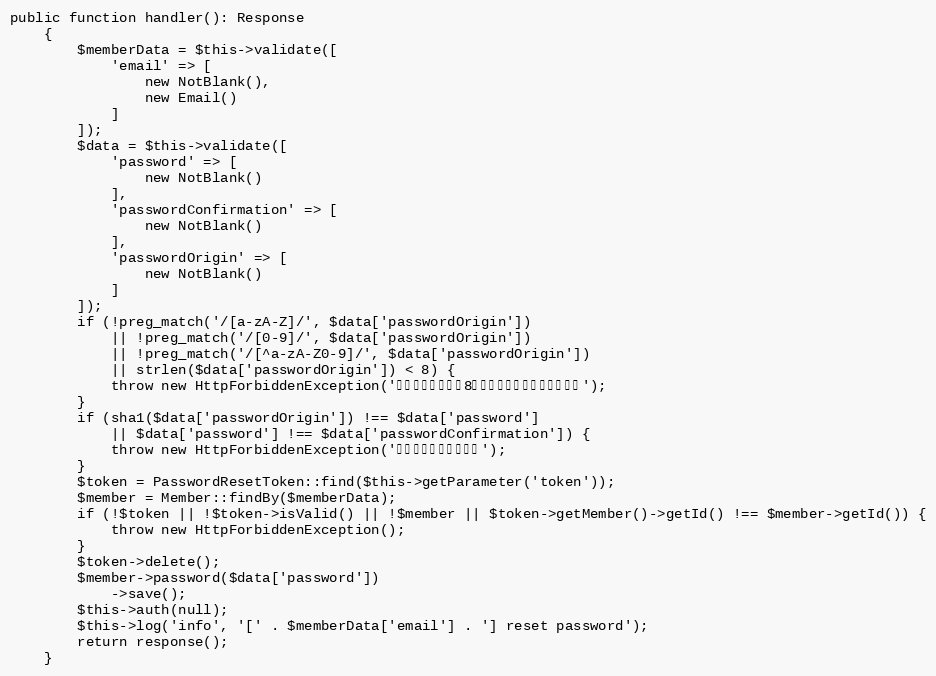
Language: PHP
public function handler(): Response
    {
        $memberData = $this->validate([
            'email' => [
                new NotBlank(),
                new Email()
            ]
        ]);
        $data = $this->validate([
            'password' => [
                new NotBlank()
            ],
            'passwordConfirmation' => [
                new NotBlank()
            ],
            'passwordOrigin' => [
                new NotBlank()
            ]
        ]);
        if (!preg_match('/[a-zA-Z]/', $data['passwordOrigin'])
            || !preg_match('/[0-9]/', $data['passwordOrigin'])
            || !preg_match('/[^a-zA-Z0-9]/', $data['passwordOrigin'])
            || strlen($data['passwordOrigin']) < 8) {
            throw new HttpForbiddenException('密码太弱，需至少8位并且包含字母数字以及字符');
        }
        if (sha1($data['passwordOrigin']) !== $data['password']
            || $data['password'] !== $data['passwordConfirmation']) {
            throw new HttpForbiddenException('两次输入的密码不一样');
        }
        $token = PasswordResetToken::find($this->getParameter('token'));
        $member = Member::findBy($memberData);
        if (!$token || !$token->isValid() || !$member || $token->getMember()->getId() !== $member->getId()) {
            throw new HttpForbiddenException();
        }
        $token->delete();
        $member->password($data['password'])
            ->save();
        $this->auth(null);
        $this->log('info', '[' . $memberData['email'] . '] reset password');
        return response();
    }